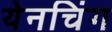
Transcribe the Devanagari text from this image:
येनचिंग